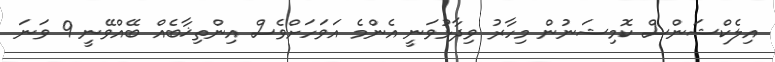
އިލެކްޝަންސް ކޮމިޝަނުން މިހާރު ވިދާޅުވަނީ އެންމެ އަވަހަށްވެސް އިންތިޚާބެއް ބޭއްވޭނީ 9 ވަނަ